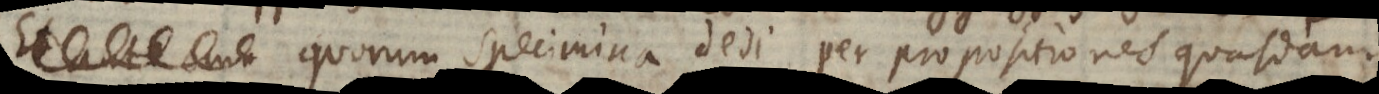
quorum specimina dedi per propositiones quasda